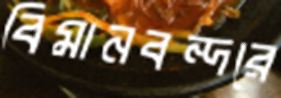
বিমানবন্দরে